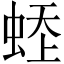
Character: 𧋹